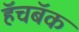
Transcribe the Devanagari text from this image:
हॅचबॅक